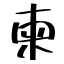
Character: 柬